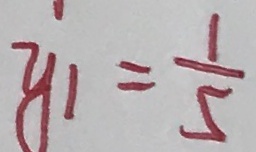
y _ { 1 } = \frac { 1 } { 5 }